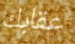
عقابك